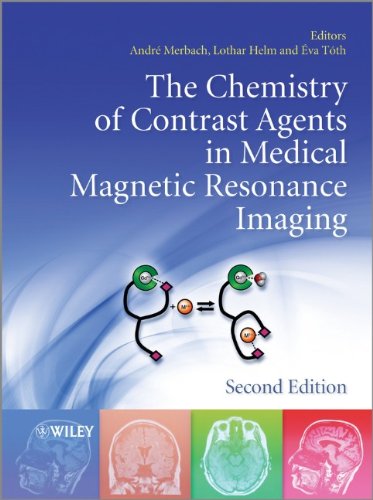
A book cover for The Chemistry of Contrast Agents in Medical Magnetic Resonance Imaging; Andre S. Merbach; Science & Math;